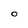
Character: O